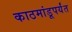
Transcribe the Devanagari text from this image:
काठमांडूपर्यंत